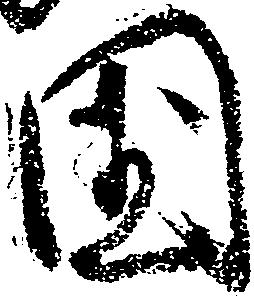
国